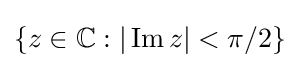
\{z\in \mathbb {C} :|\operatorname {Im} z|<\pi /2\}